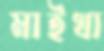
মাইখা